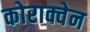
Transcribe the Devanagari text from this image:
कोराक्वेन